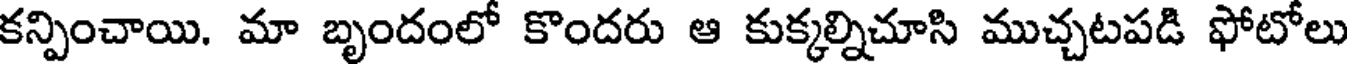
కన్పించాయి. మా బృందంలో కొందరు ఆ కుక్కల్నిచూసి ముచ్చటపడి ఫోటోలు